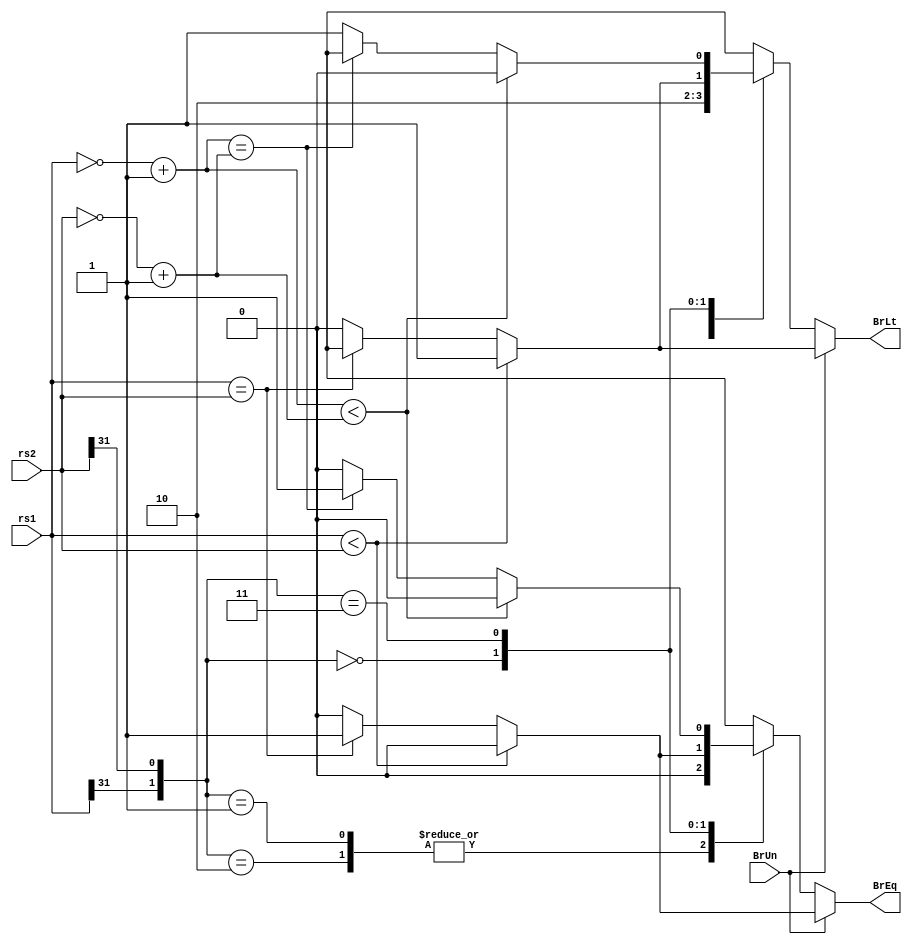
module branch_comp (input [31:0] rs1, rs2,
                    input BrUn,//BrUn so sanh khong dau Unsigned
                    output reg BrEq, BrLt); // so sanh rs1 voi rs2: rs1?rs2
wire [31:0] rs1_n, rs2_n;
assign rs1_n= (~rs1) +1;//rs1_n = bu 2 cua rs1
assign rs2_n= (~rs2) +1;


always @(BrUn, rs1, rs2) begin
  if (BrUn==1'b1) begin// so sanh khong dau
    if (rs1 < rs2) begin
      BrLt = 1'b1;// <
      BrEq = 1'b0;
    end
    else if (rs1 == rs2) begin
      BrEq= 1'b1;// = 
      BrLt= 1'bx;  
    end
    else begin
      BrEq= 1'b0;
      BrLt= 1'b0;
    end
  end
  else begin// so sanh co dau
    case ({rs1[31], rs2[31]})// set bit dau rs1 va rs2 
      2'b10: begin //rs1<0, rs2>0 => rs2 > rs1 => be hon
               BrLt= 1'b1;
               BrEq= 1'b0;
             end
      2'b01: begin //rs1 >0, rs2 <0 =>  rs1 > rs2 => lon hon
               BrLt= 1'b0;
               BrEq= 1'b0;
             end
      2'b00:   begin            // rs1, rs2 >0 => so sanh 2 so duong
               if (rs1 < rs2) begin
                 BrLt = 1'b1;
                 BrEq = 1'b0;
               end
               else if (rs1 == rs2) begin
                 BrEq= 1'b1;
                 BrLt= 1'bx;
               end
               else begin
                 BrEq= 1'b0;
                 BrLt= 1'b0;
               end
               end
      2'b11: begin// so sanh 2 so am
              if (rs1_n < rs2_n) begin// so sanh 2 so bu 2 sau khi khu dau am
                BrLt = 1'b0;// bu 2 rs1 > bu 2 rs2 => -rs1 > -rs1 => lon hon
                BrEq = 1'b0;
              end
              else if (rs1_n == rs2_n) begin// equal
                BrEq= 1'b1;
                BrLt= 1'bx;
              end
              else begin// lessthan
                BrEq= 1'b0;
                BrLt= 1'b1;
              end
            end
    endcase
  end
end
endmodule